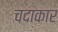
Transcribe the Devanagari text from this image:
चदाकार